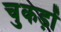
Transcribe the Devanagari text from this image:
चुकड़ों